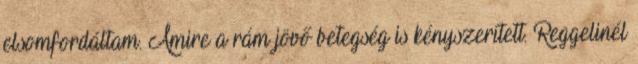
elsomfordáltam. Amire a rám jövő betegség is kényszerített. Reggelinél